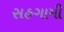
સહગામી